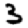
Digit: 3